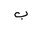
Letter: _ba